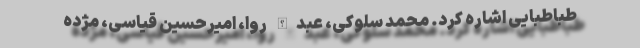
طباطبایی اشاره کرد. محمد سلوکی، عبدالله روا، امیرحسین قیاسی، مژده